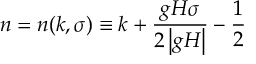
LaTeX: n = n ( k , \sigma ) \equiv k + \frac { g H \sigma } { 2 \left| g H \right| } - \frac { 1 } { 2 }